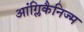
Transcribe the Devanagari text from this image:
आंग्लिकैनिज्म